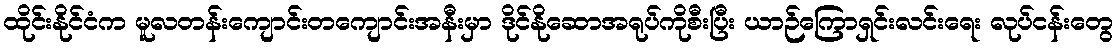
ထိုင်းနိုင်ငံက မူလတန်းကျောင်းတကျောင်းအနီးမှာ ဒိုင်နိုဆောအရုပ်ကိုစီးပြီး ယာဉ်ကြောရှင်းလင်းရေး လုပ်ငန်းတွေ